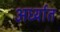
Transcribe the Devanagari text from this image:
अर्ध्यात